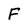
Character: F